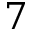
7